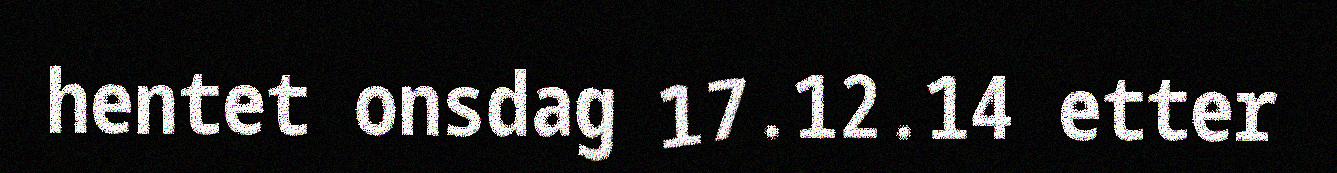
hentet onsdag 17.12.14 etter